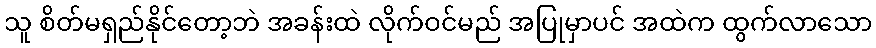
သူ စိတ်မရှည်နိုင်တော့ဘဲ အခန်းထဲ လိုက်ဝင်မည် အပြုမှာပင် အထဲက ထွက်လာသော